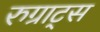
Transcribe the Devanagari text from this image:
रुग्राट्स